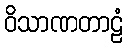
ဝိသာဏတာဠံ